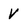
Character: V